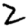
Digit: 2